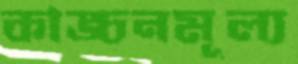
কাঙ্চনমূল্য